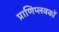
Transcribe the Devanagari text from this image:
प्राणिप्लवकों